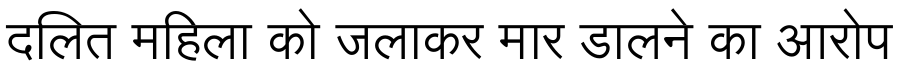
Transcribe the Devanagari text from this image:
दलित महिला को जलाकर मार डालने का आरोप